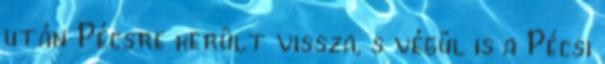
után Pécsre került vissza, s végül is a Pécsi